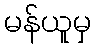
မန်ယူမှ